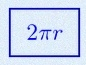
2\pi r